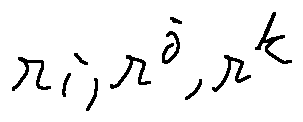
r _ { i } , r ^ { j } , r ^ { k }